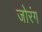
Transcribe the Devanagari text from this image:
जोरंग